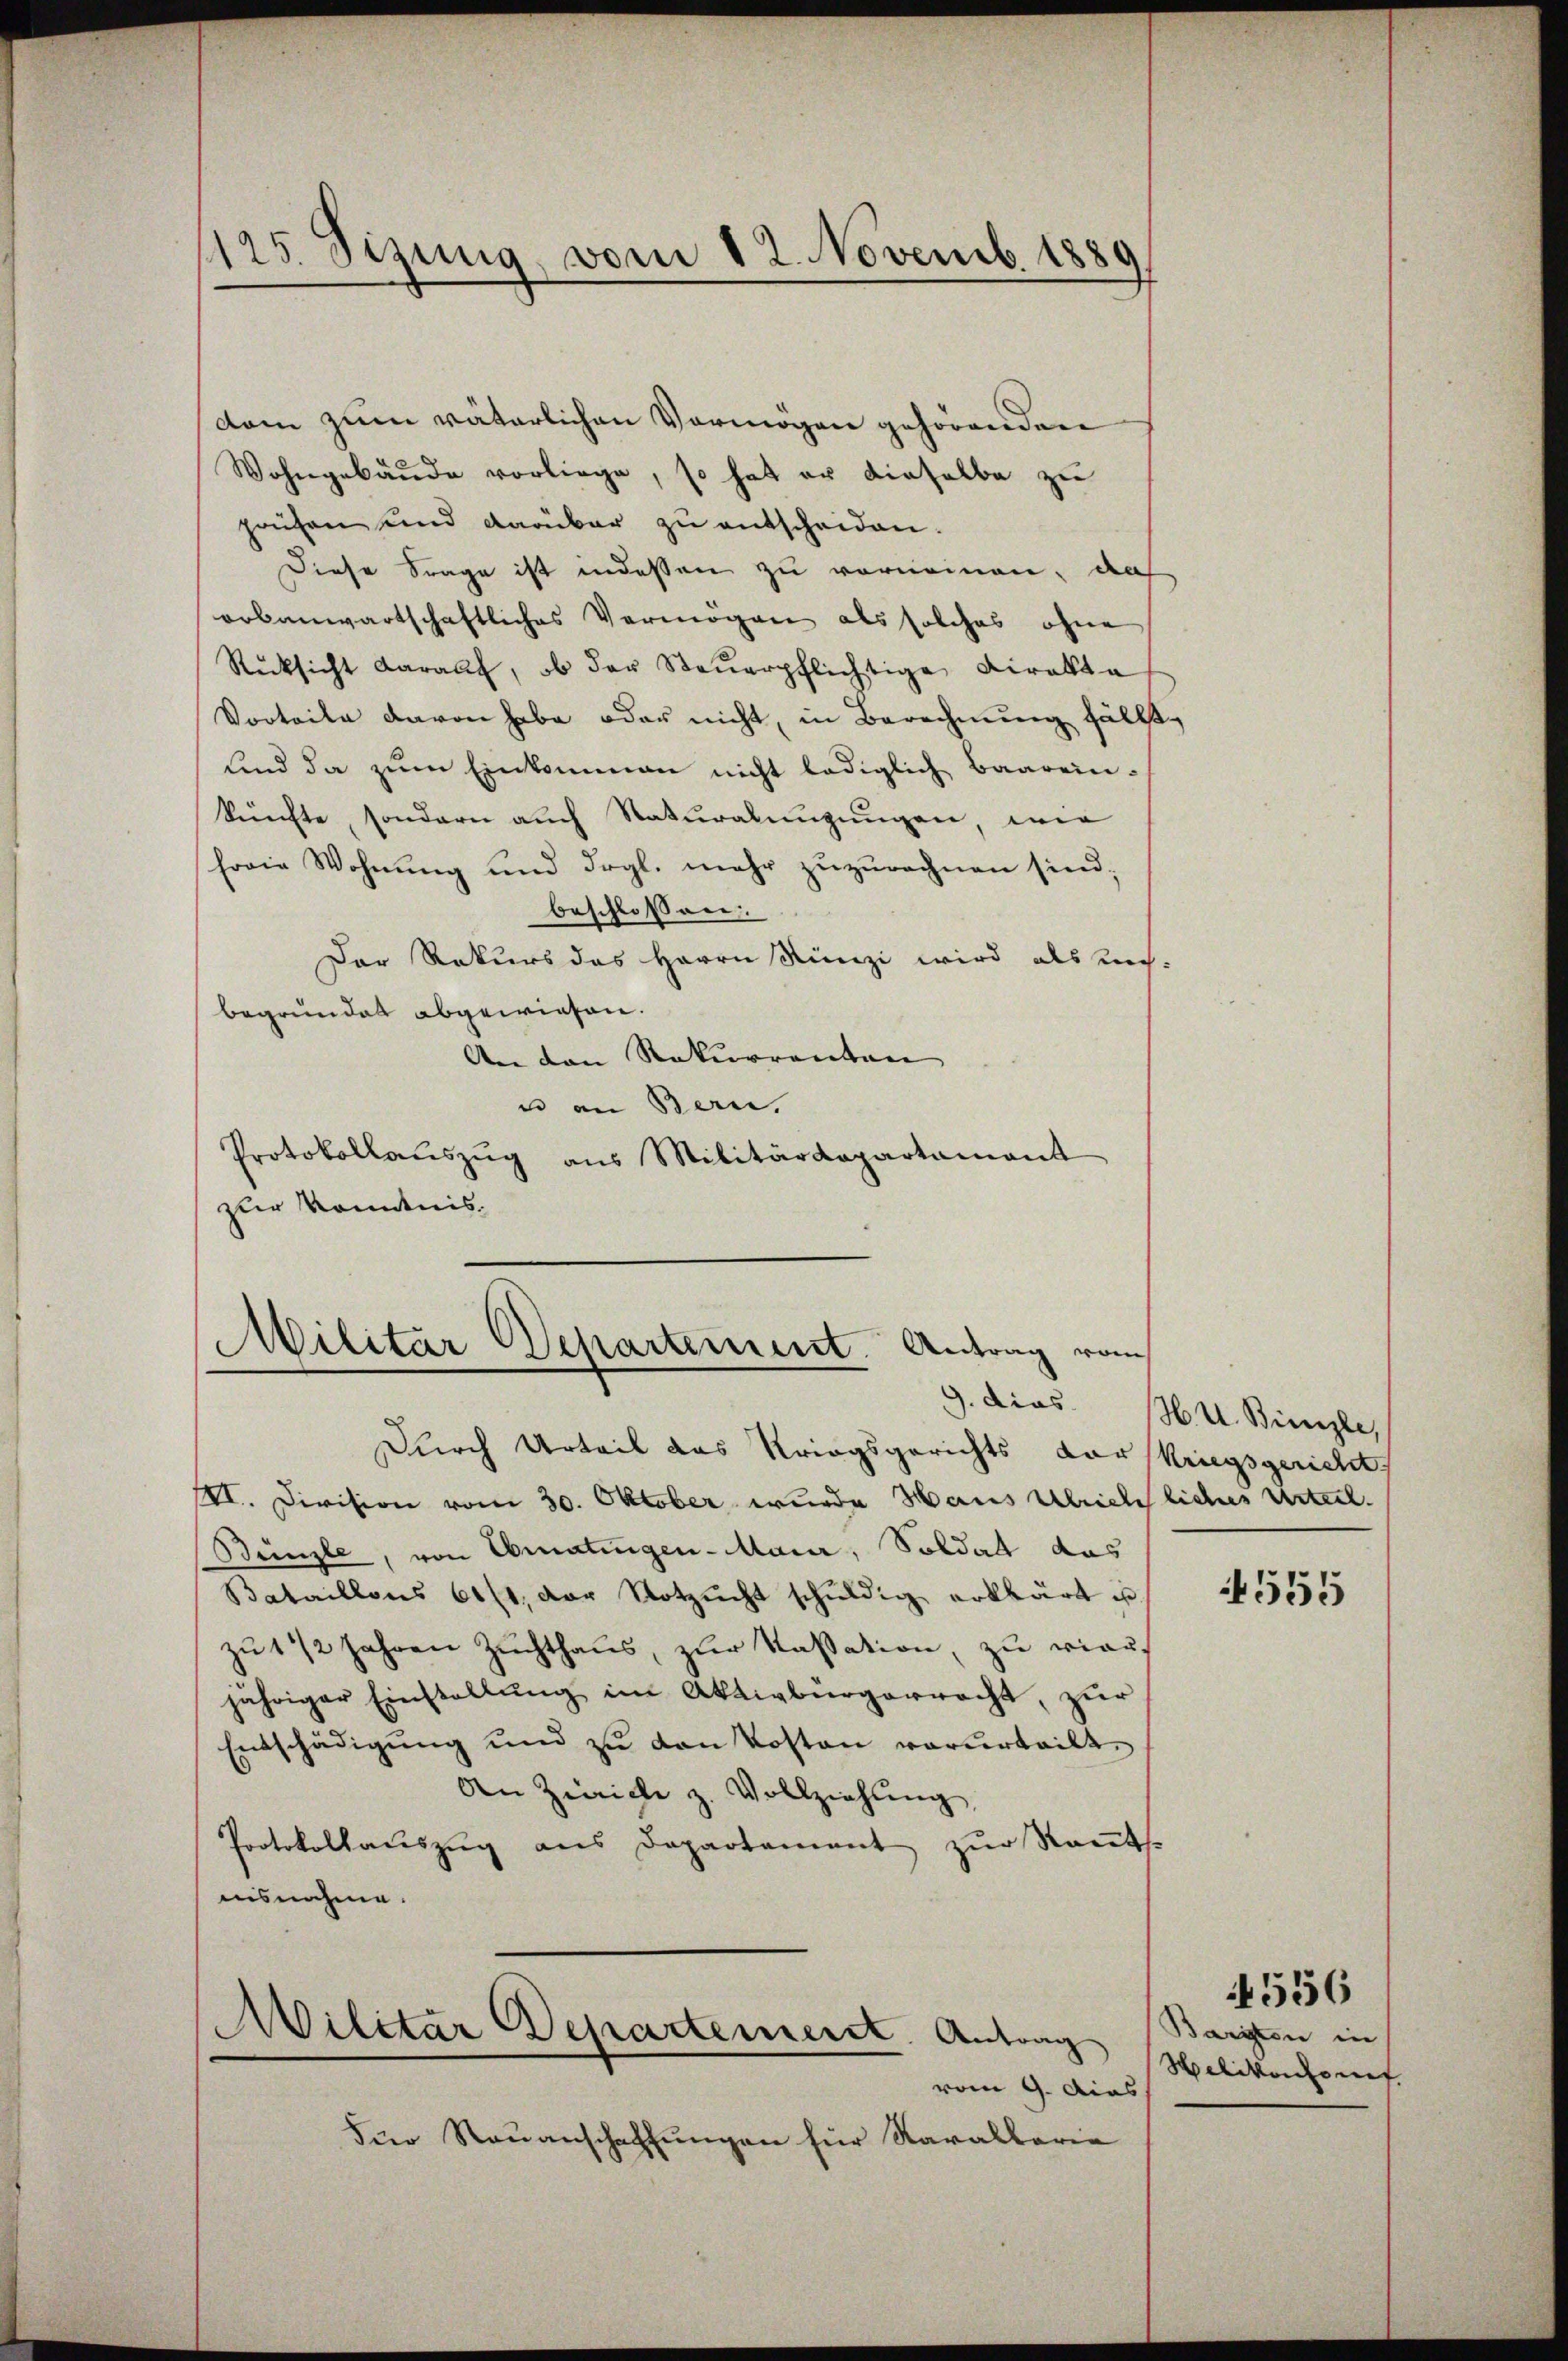
125. Sizung vom 12. Novemb. 1889

dam zum väterlichen Vermögen gehörenden
Wohngebäude vorliege, so hat er dieselbe zu
paisen und darüber zu entscheiden.
Diese Frage ist indessen zu vornennen, da
orbanwartschaftliches Vermögen als solches ohne
Rücksicht darauf, ob der Steŭerpflichtige Direkte
Vorteile davon habe oder nicht, in Berechnung fällt,
und da zum Einkommen nicht lediglich Baarein-
künfte, sondern auch Naturalingungen, wie
ferie Wohnung und drgl. mehr zuzurechnen sind;
beschlossen:
Der Rekurs das Herrn Künzi wird als un-
begründet abgewiesen.
An den Rekurrenten
u an Bern.
Protokollaŭszŭg ans Militärdepartament
zur Kenntnis.

Militär Departement. Antrag vom
e
9. dies

Durch Urteil das Kriegsgerichts der Kriegsgericht
III. Division vom 30. Oktober wurde Haus Ulrichliches Urteil.
Bünzle, von Ebmatingen-Maier, Soldat das
Bataillons 611, der Notzŭcht schŭldig erklärt u.
zu 1 1/2 Jahren Zuchthaus, zur Kassation, zu vier
jähriger Einstellung im Aktivbürgerracht, zur
Entschädigŭng und zu den Kosten vorurteilt,
An Zürich z. Vollziehung
Protokollaŭszŭg ans Departement zŭr Rants.
uisnahme.

Für Raŭanschaffŭngen für Karallaria

Militar Departement. Antrag
vom 9. dies

H. u. Binzle

4555

Bariten in
clikentenf

556